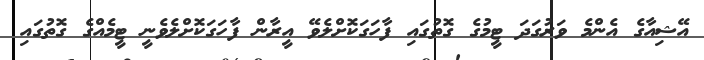
އޭޝިއާގެ އެންމެ ވަރުގަދަ ޓީމުގެ ގޮތުގައި ފާހަގަކޮށްލެވޭ އީރާން ފާހަގަކޮށްލެވެނީ ޓީމެއްގެ ގޮތުގައި